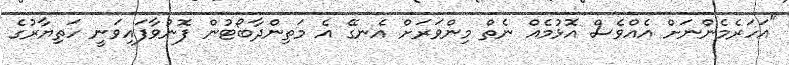
"އަހަރެމެންނަށް އެއްވެސް އޮޅުމެއް ނެތް މިންވަރަށް އެނގޭ އެ މަތިންދާބޯޓުން ފޮނުވާފައިވަނީ ހަތިޔާރުގެ